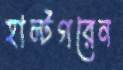
হাল্টগরেন